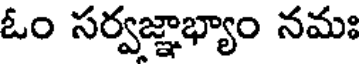
ఓం సర్వజ్ఞాభ్యాం నమః